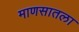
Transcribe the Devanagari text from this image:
माणसातला